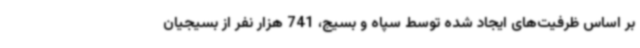
بر اساس ظرفیت‌های ایجاد شده توسط سپاه و بسیج، 741 هزار نفر از بسیجیان